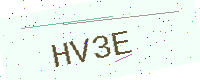
Text: HV3E